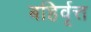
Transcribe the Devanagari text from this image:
बहिर्वृत्त